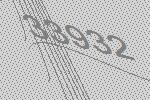
33932